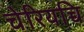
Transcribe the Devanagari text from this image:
चेरियच्चि